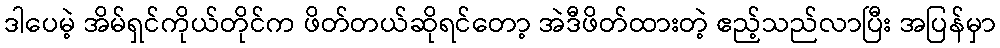
ဒါပေမဲ့ အိမ်ရှင်ကိုယ်တိုင်က ဖိတ်တယ်ဆိုရင်တော့ အဲဒီဖိတ်ထားတဲ့ ဧည့်သည်လာပြီး အပြန်မှာ